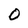
Character: 0